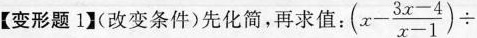
【变形题1】(改变条件)先化简，再求值：$$(x- \frac{3x-4}{x-1})\div$$